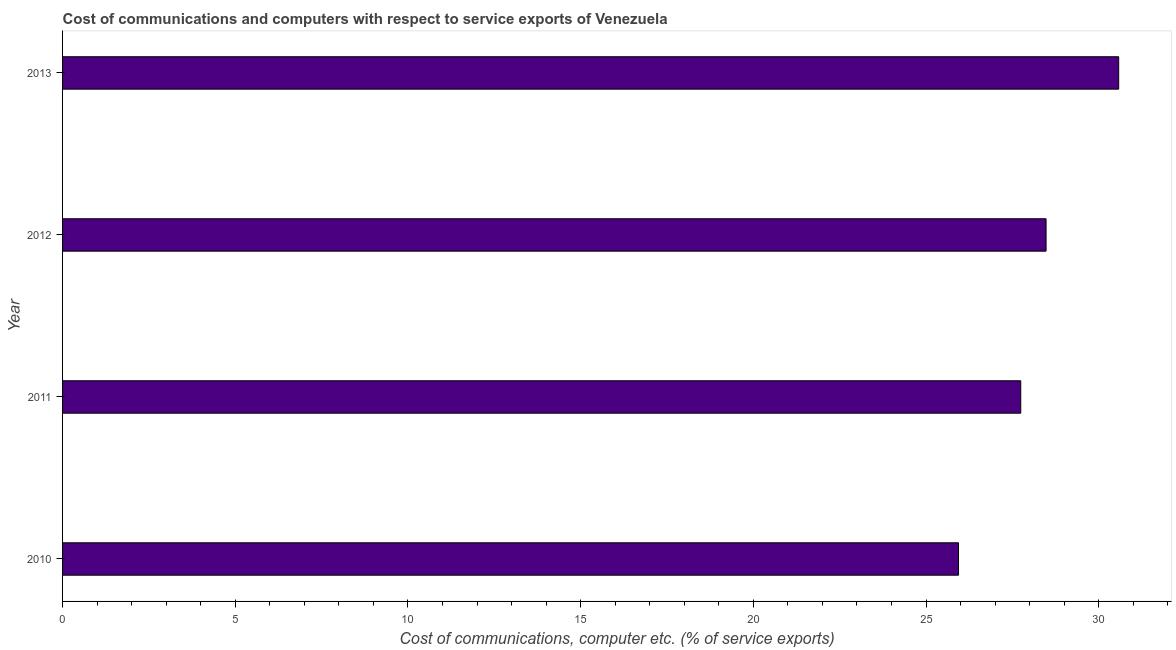
| Year | Communications |
 | --- | --- |
 | 2010 | 25.9 |
 | 2011 | 27.7 |
 | 2012 | 28.5 |
 | 2013 | 30.6 |